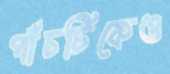
পাঁচটিকেও